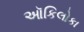
ઑકિલોકા